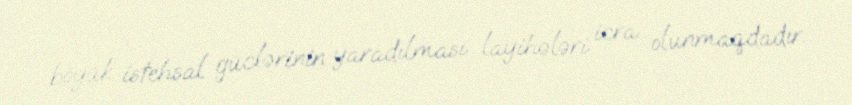
böyük istehsal güclərinin yaradılması layihələri icra olunmaqdadır.